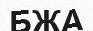
БЖА